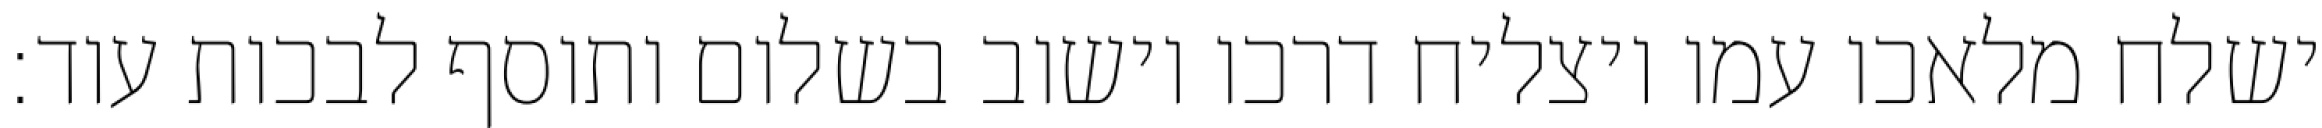
ישלח מלאכו עמו ויצליח דרכו וישוב בשלום ותוסף לבכות עוד: